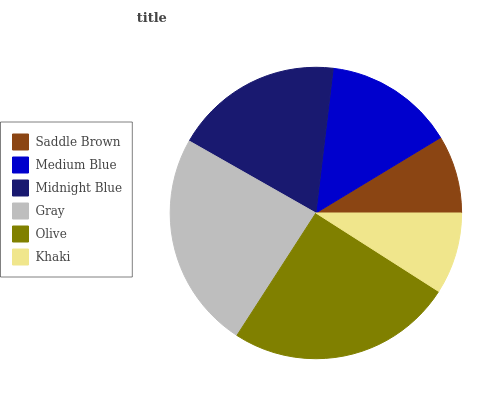
| Saddle Brown | Medium Blue | Midnight Blue | Gray | Olive | Khaki |
 | --- | --- | --- | --- | --- | --- |
 | 8.66% | 14.5% | 18.6% | 24% | 25.2% | 9.04% |